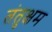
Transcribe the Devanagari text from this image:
तंतुक्षम